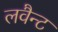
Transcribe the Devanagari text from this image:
लवैन्ट